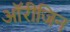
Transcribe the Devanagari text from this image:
ऑरीजिन